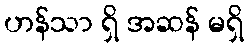
ဟန်သာ ရှိ အဆန် မရှိ